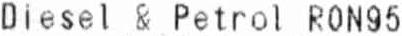
DIESEL & PETROL RON95